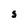
Character: S